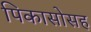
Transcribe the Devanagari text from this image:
पिकासोसह